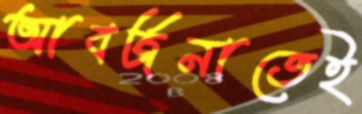
আবর্জনাতেই